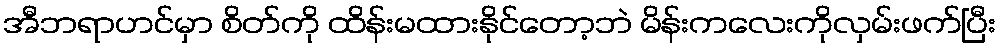
အီဘရာဟင်မှာ စိတ်ကို ထိန်းမထားနိုင်တော့ဘဲ မိန်းကလေးကိုလှမ်းဖက်ပြီး